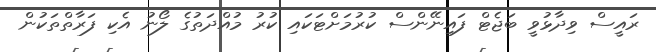
ރައީސް ވިދާޅުވީ ބަޖެޓް ފައިނޭންސް ކުރުމަށްޓަކައި ކުރު މުއްދަތުގެ ލޯނު އެކި ފަރާތްތަކުން